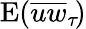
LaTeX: \mathrm{E}(\overline{{uw}}_{\tau}\! )